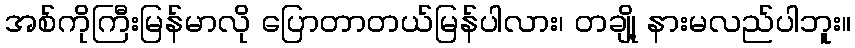
အစ်ကိုကြီးမြန်မာလို ပြောတာတယ်မြန်ပါလား၊ တချို့ နားမလည်ပါဘူး။